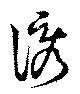
誘